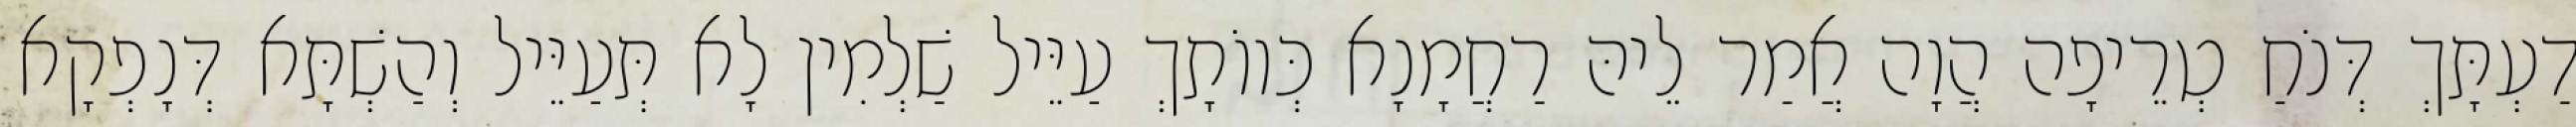
דַעְתָּךְ דְּנֹחַ טְרֵיפָה הֲוָה אֲמַר לֵיהּ רַחֲמָנָא כְּווֹתָךְ עַיֵּיל שַׁלְמִין לָא תְּעַיֵּיל וְהַשְׁתָּא דְּנָפְקָא